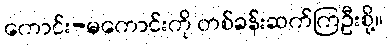
ကောင်း-မကောင်းကို တစ်ခန်းဆက်ကြဦးစို့။